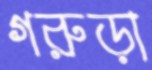
গরুড়া